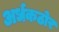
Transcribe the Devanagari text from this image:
अर्धकठोर